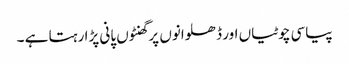
پیاسی چوٹیاں اور ڈھلوانوں پر گھنٹوں پانی پڑا رہتا ہے ۔